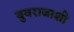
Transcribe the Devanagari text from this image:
युवराजाशी